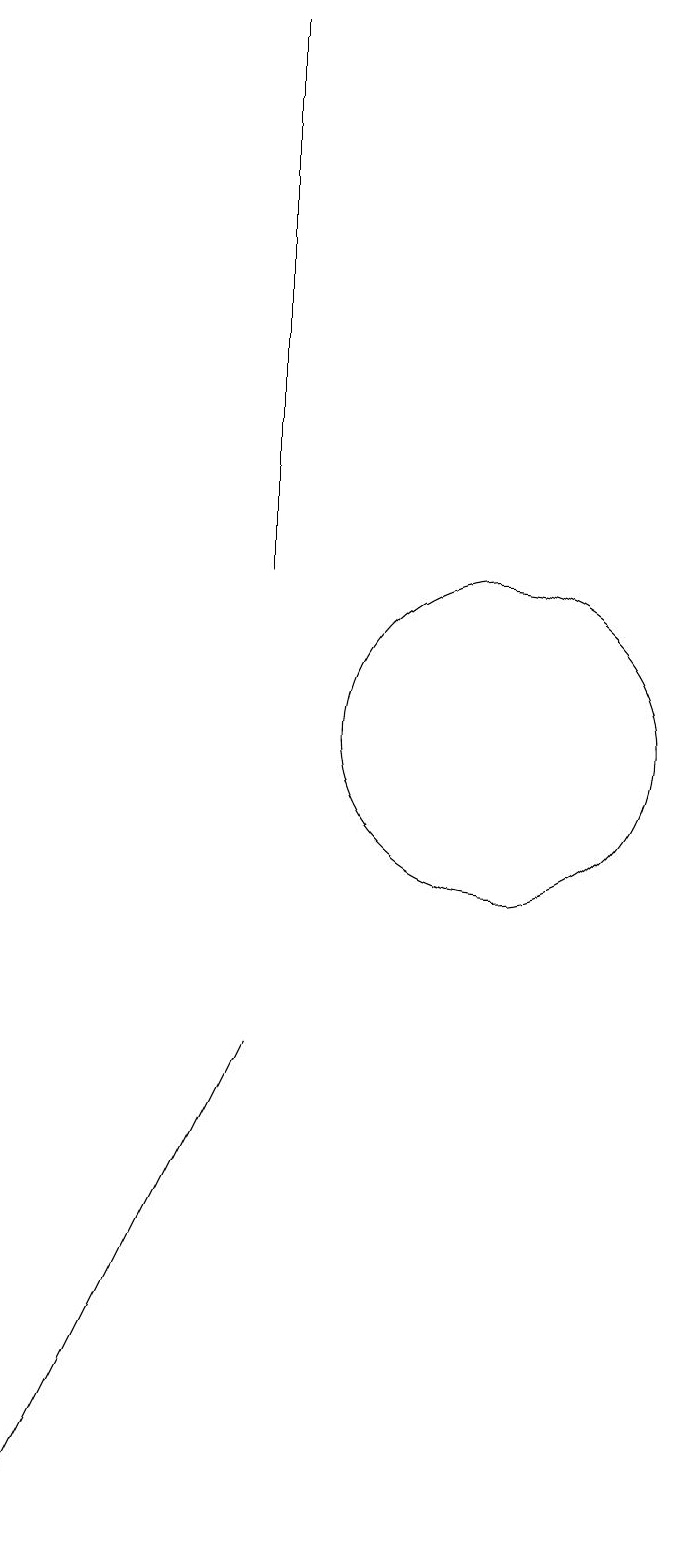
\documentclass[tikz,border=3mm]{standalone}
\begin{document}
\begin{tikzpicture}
\draw (7,2) -- (6,0) -- (9,6) -- cycle;
\draw (12,10) circle (2);
\draw (9,19) rectangle (9,12);
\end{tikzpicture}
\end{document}